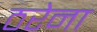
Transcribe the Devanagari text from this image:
ठरेना